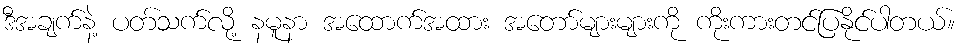
ဒီအချက်နဲ့ ပတ်သက်လို့ နမူနာ အထောက်အထား အတော်များများကို ကိုးကားတင်ပြနိုင်ပါတယ်။